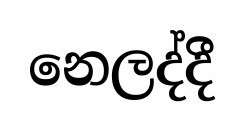
නෙලද්දී